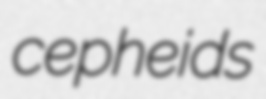
cepheids